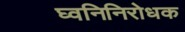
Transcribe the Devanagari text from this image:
घ्वनिनिरोधक